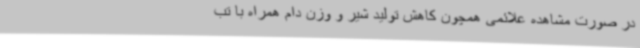
در صورت مشاهده علائمی همچون کاهش تولید شیر و وزن دام همراه با تب